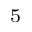
^ 5